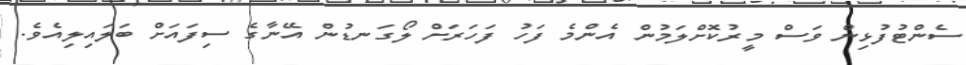
ސެންޓުފުޅިން ވަސް މީރުކޮށްލަމުން އެންމެ ފަހު ފަހަރަށް ލޯގަނޑުން އޭނާގެ ސިފައަށް ބަލައިލިއެވެ.